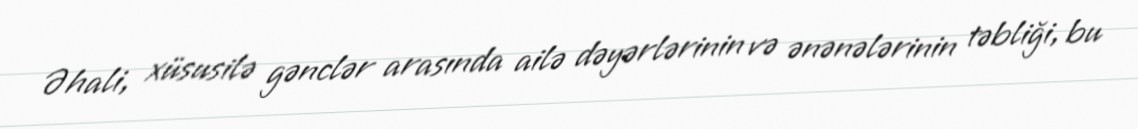
Əhali, xüsusilə gənclər arasında ailə dəyərlərinin və ənənələrinin təbliği, bu